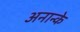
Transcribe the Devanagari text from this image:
अनान्के